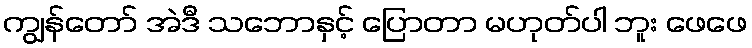
ကျွန်တော် အဲဒီ သဘောနှင့် ပြောတာ မဟုတ်ပါ ဘူး ဖေဖေ